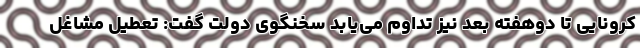
کرونایی تا دوهفته بعد نیز تداوم می‌یابد سخنگوی دولت گفت: تعطیل مشاغل